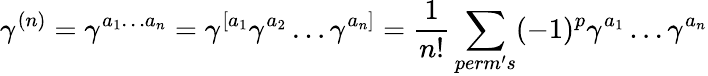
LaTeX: \gamma^{(n)}=\gamma^{a_{1}\ldots a_{n}}=\gamma^{[a_{1}}\gamma^{a_{2}}\ldots\gamma^{a_{n}]}=\frac{1}{n!}\sum_{perm^{\prime}s}(-1)^{p}\gamma^{a_{1}}\ldots\gamma^{a_{n}}